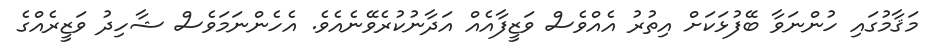
މަޤާމުގައި ހުންނަވާ ބޭފުޅަކަށް އިތުރު އެއްވެސް ވަޒީފާއެއް އަދާނުކުރެވޭނެއެވެ. އެހެންނަމަވެސް ޝާހިދު ވަޒީރެއްގެ